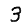
Digit: 3